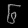
Digit: ၆